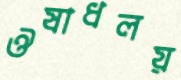
ঔষাধলয়